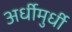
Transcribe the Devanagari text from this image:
अर्धीमुर्धी